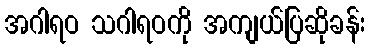
အဂါရဝ သဂါရဝကို အကျယ်ပြဆိုခန်း